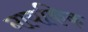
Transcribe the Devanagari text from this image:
नायकिक